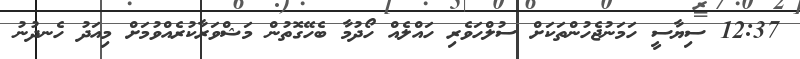
12:37 ސިޔާސީ ހަމަނުޖެހުންތަކަށް ސުލްހަވެރި ހައްލެއް ހޯދުމާ ބެހޭގޮތުން މަޝްވަރާކުރެއްވުމަށް މިއަދު ހެނދުނު